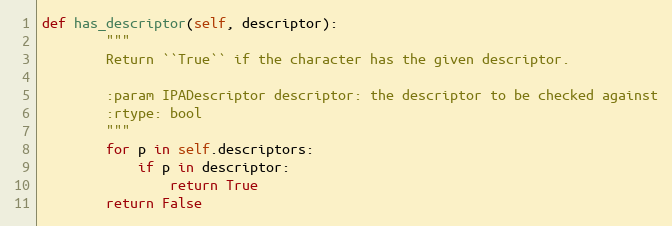
Language: Python
def has_descriptor(self, descriptor):
        """
        Return ``True`` if the character has the given descriptor.

        :param IPADescriptor descriptor: the descriptor to be checked against
        :rtype: bool
        """
        for p in self.descriptors:
            if p in descriptor:
                return True
        return False